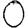
Digit: 0